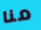
منا